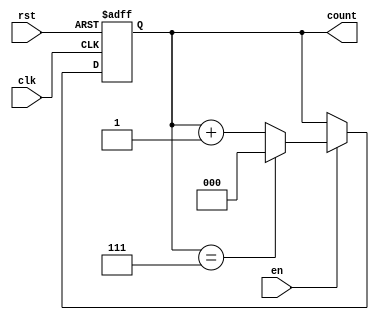
module synchronous_counter #(
    parameter WIDTH = 3 // Bit width of the counter
)(
    input wire clk,      // Clock signal
    input wire rst,      // Reset signal (active-high)
    input wire en,       // Enable signal
    output reg [WIDTH-1:0] count // Count output
);

// Always block triggered on the rising edge of the clock
always @(posedge clk or posedge rst) begin
    if (rst) begin
        count <= 0; // Reset count to zero
    end else if (en) begin
        if (count == (1 << WIDTH) - 1) begin
            count <= 0; // Wrap around to zero if maximum value is reached
        end else begin
            count <= count + 1; // Increment count
        end
    end
end

endmodule